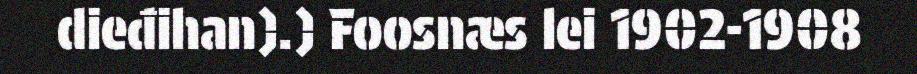
dieđihan).) Foosnæs lei 1902-1908